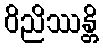
ဝိညိဿန္တိ